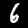
Digit: 6